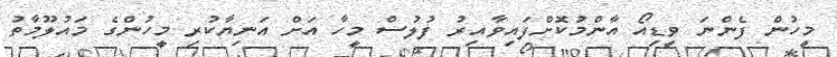
މީހުން ފެންނަ ވީޑިއޯ އާންމުކޮށްފައިވާއިރު ފުލުސް މީހާ އަށް އަނިޔާކުރި މީހުންގެ މައުލޫމާތު